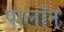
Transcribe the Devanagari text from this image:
पार्लान